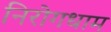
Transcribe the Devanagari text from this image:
निरोगधाम